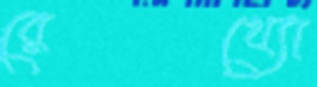
রেখ্যো